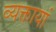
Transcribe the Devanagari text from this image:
व्यक्तायां